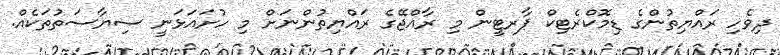
ދިވެހި ރައްޔިތުންގެ ޑިމޮކްރެޓިކް ޕާރޓީން މި ރާއްޖޭގެ ރައްޔިތުންނަށް މި ހުށައަޅަނީ ސިޔާސަތުތަކެއް.